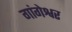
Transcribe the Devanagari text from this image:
गांगेश्वर